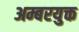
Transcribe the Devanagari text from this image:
अम्बरयुक्त